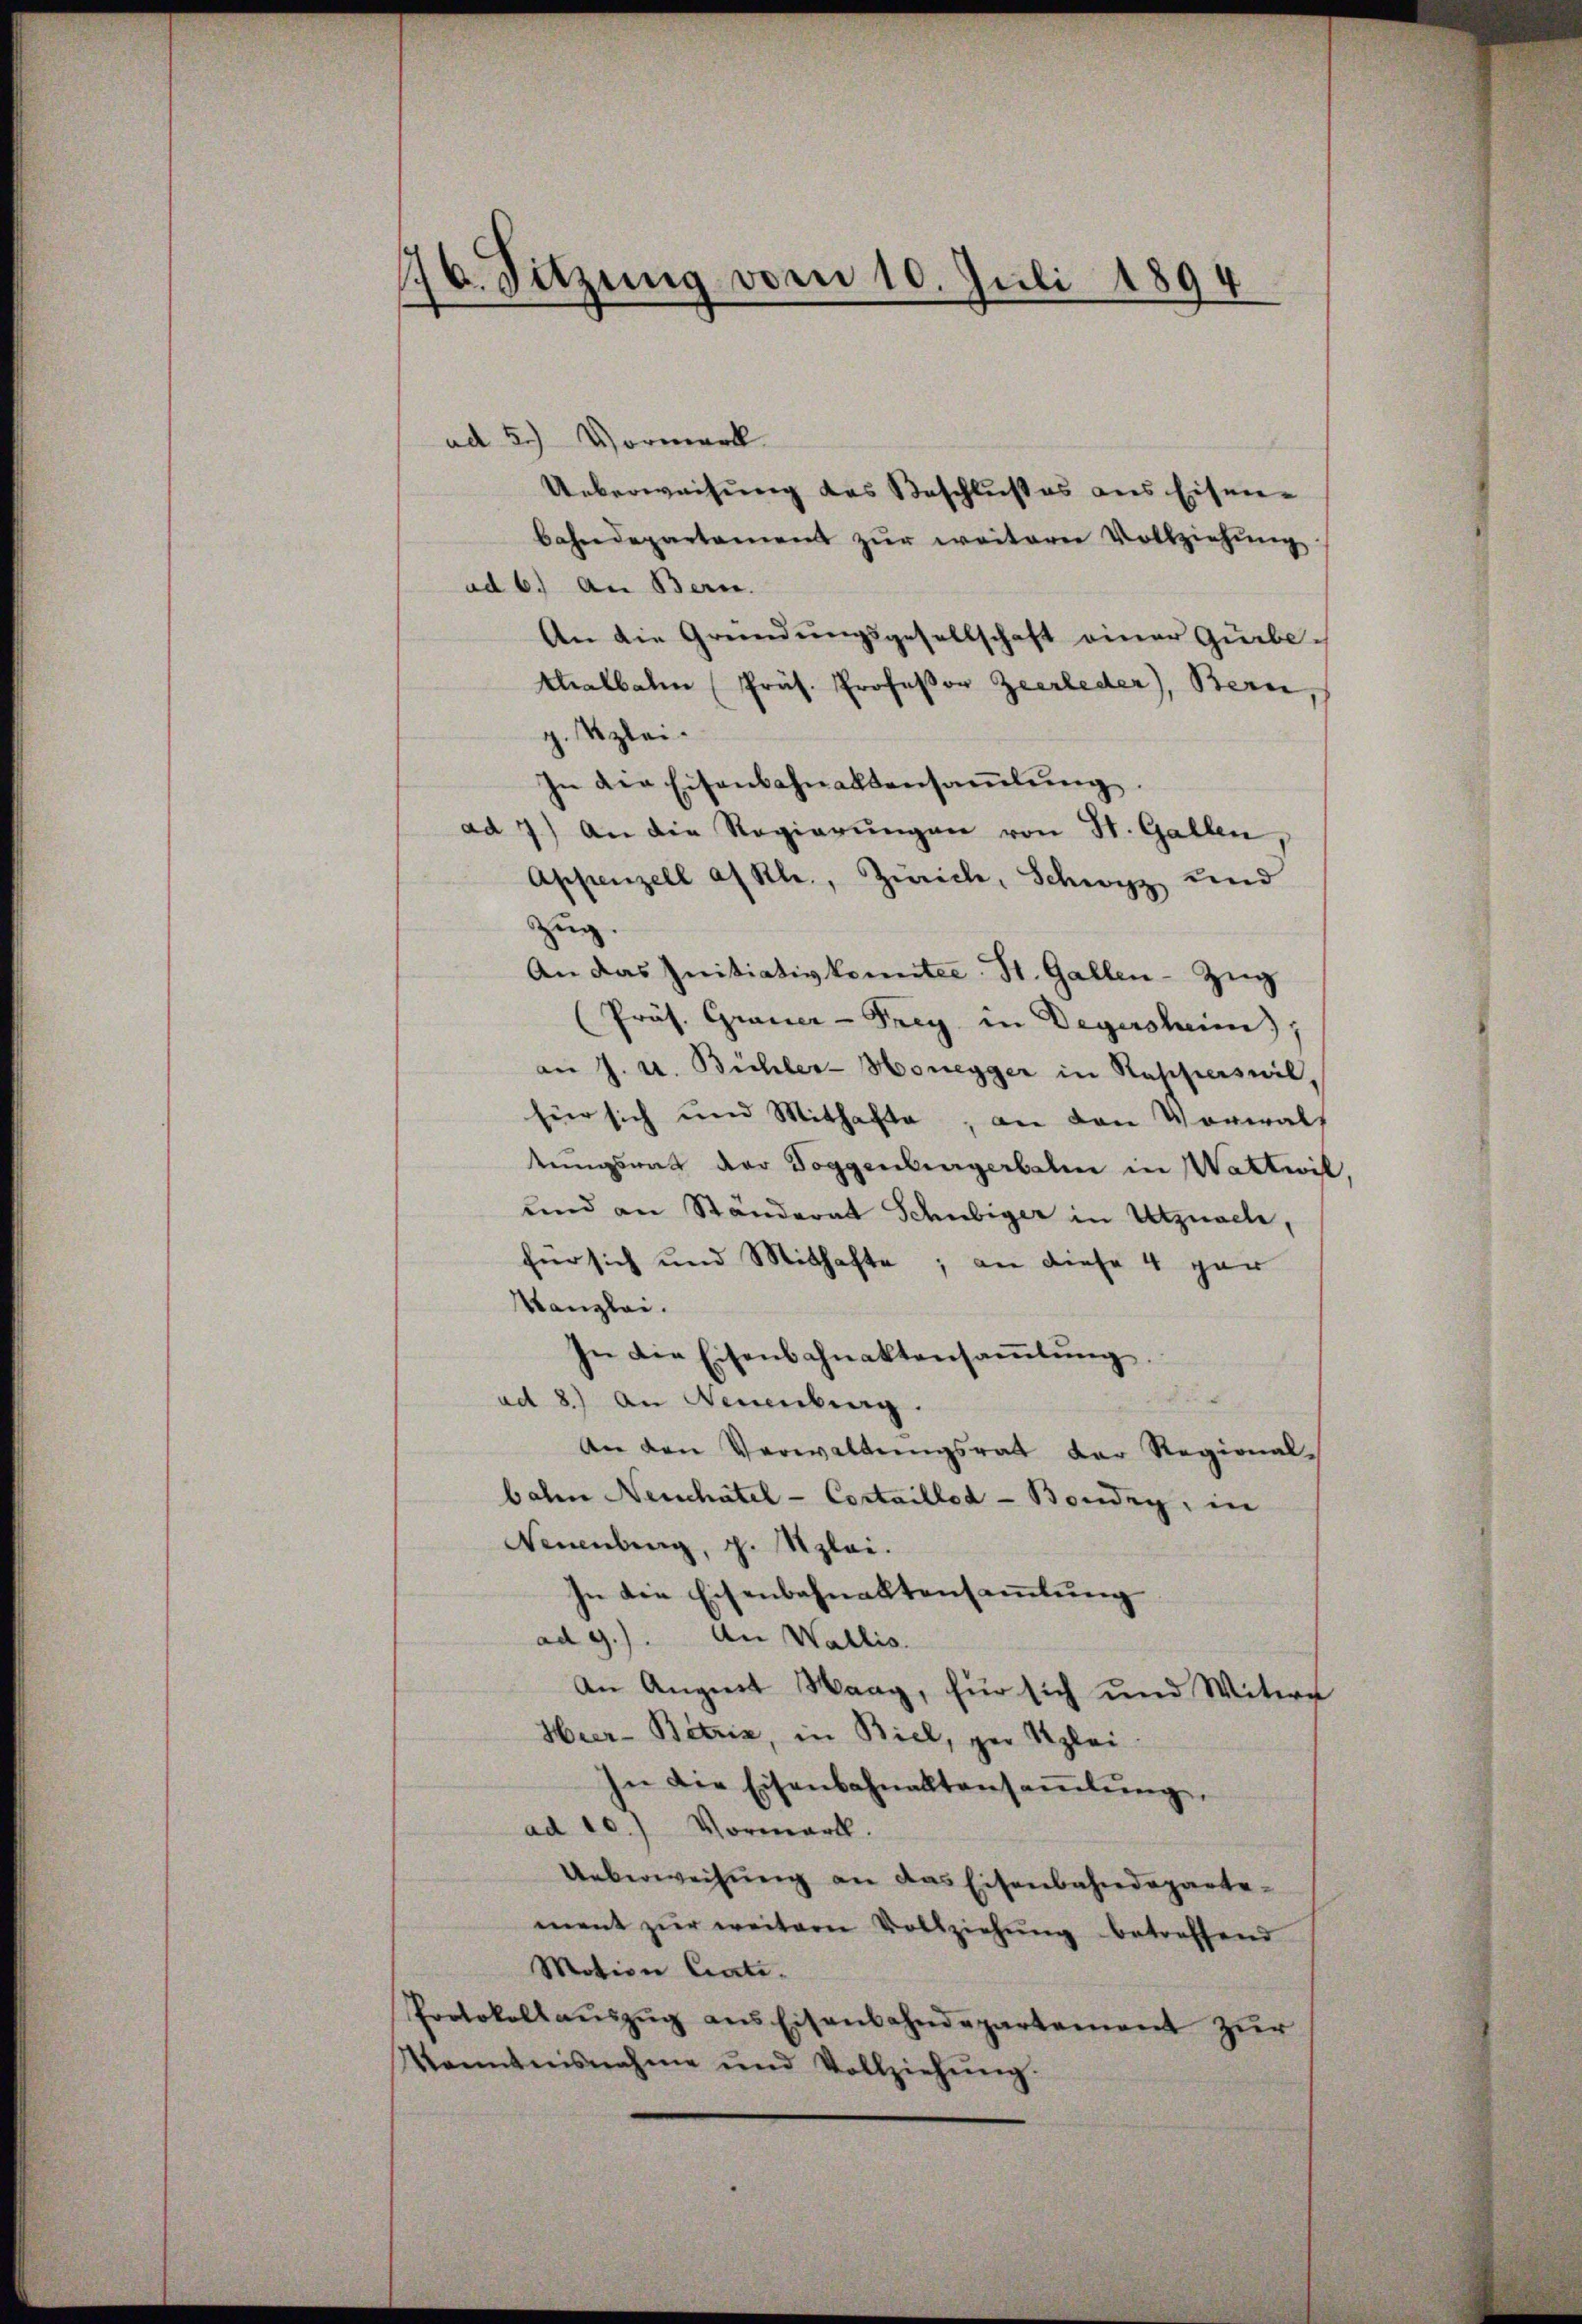
176. Sitzung vom 10. Juli 1894

ad 5.) Vormerk
Ueberweisung des Beschlußes aus Eisen-
bahndepartament zŭr weiterer Vollziehŭng
ad 6. an Bern.
An die Gründungsgesellschaft einer Gürbethalbahn (Prüh. Professor Zeerleder), Bern
g. Klei¬
In die Eisenbahnaktensaṁlŭng.
ad 7) An die Regierŭngen von St. Gallen
Appenzell al Kl., Zürich, Schwyz und
Zug.
An das Initiativkonnter St. Gallen-Zŭg
(Präs. Grauer-Frey in Degersheim);
an J. u. Bühler-Honegger in Rapperswil,
für sich und Mithafte, an den Vorwalt
tŭngsrat der Toggenburgerbale in Wattwil
und an Ständerat Schubiger in Utznach,
für sich und Mithafte; an diese 4 gar
Kanzlei.
In die Eisenbahnaktensaṁlŭng,
ad 8.) An Neuenburg.
An den Verwaltŭngsrat der Regional-
bahn Neuchâtel - Cortaille - Boudry, in
Neuenburg, p. zlei.
In die Eisenbahnaktensammlung
ad g.). An Wallis.
An Angirt Waag, für sich und Witwe
Heer-Betzen, in Biel, per Klei
In die Eisenbahnalltansaṁlŭng,
ad 10.) Vormark.
Ueberweisung an das Eisenbahndepartement zŭr weitern Vollziehŭng betreffend
Motion Cate.
Protokollaŭszŭg ans Eisenbahndepartement zŭr
Kenntnisnahme und Vollziehŭng.